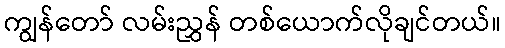
ကျွန်တော် လမ်းညွှန် တစ်ယောက်လိုချင်တယ်။